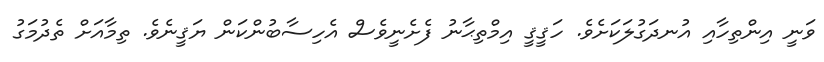
ވަނީ އިންތިހާއި އުނދަގުލަކަށެވެ. ހަޤީޤީ އިމްތިޙާނު ފެށެނީވެސް އެހިސާބުންކަން ޔަޤީނެވެ. ތިމާއަށް ތެދުމަގު